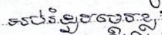
អប់រំដូចម្តេចខ្លះ